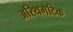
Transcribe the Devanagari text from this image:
अरिथमेटिक